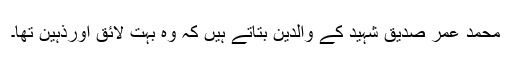
محمد عمر صدیق شہید کے والدین بتاتے ہیں کہ وہ بہت لائق اورذہین تھا۔